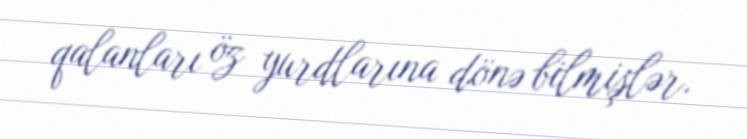
qalanları öz yurdlarına dönə bilmişlər.